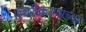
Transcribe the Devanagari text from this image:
स्थिरीकरणाच्या